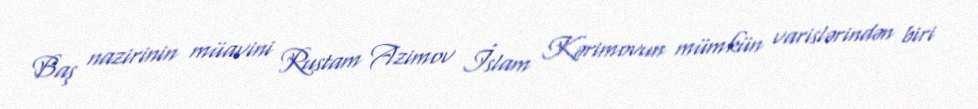
Baş nazirinin müavini Rustam Azimov İslam Kərimovun mümkün varislərindən biri